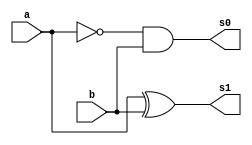
// ---------------------
// Guia 05_02
// Nome: Luiz Menezes
// ---------------------


module meiadiferenca(s0,s1, a,b);

	output s0,s1;
	input  a, b;

	and(s0, ~a,b);
	xor(s1, a,b);
	
endmodule // fim meia soma

module  diferencacompleta(Cout, Soma, a, b, Cin);

	output Cout, Soma;
	input  a, b, Cin;
	
	wire temp1, temp2, temp3;

 	meiadiferenca S1 (temp1,temp2,a, b);
 	meiadiferenca S2(temp3, Soma, temp2, Cin);
 	or(Cout, temp1, temp3);
 

endmodule // fim diferencacompleta


module DiferencaCompleta3bits(s,Cout,a,b);

	output [2:0] s;
        output Cout;
	input [3:0] a, b;
	
	wire temp1, temp2, temp3;
	
		
	meiadiferenca      S3(temp1, s[0] ,a[0], b[0]) ;
	diferencacompleta  S4(temp2, s[1], a[1], b[1], temp1);
	diferencacompleta  S5(Cout, s[2], a[2], b[2], temp2);
	
	
endmodule // fim DiferencaCompleta3bits	

module teste;

	wire [2:0] s; 
        wire Cout;
	reg  [3:0] a, b;

	DiferencaCompleta3bits SOMA (s, Cout, a, b);


	initial begin: Start

                a = 3'b000; b = 3'b000;
	end
	
	initial begin: Principal
	
		$display("\n Guia 05 - 02 - Luiz Menezes - 292160");
		$display("\n DIFERENA COMPLETA COM 3 BITS");
		$display("\n A - B =  s2 s1 s0 \n");


		$monitor(" %3b - %3b = %3b", a, b, s);
		
		for(a = 0; a <= 7; a =  a + 1)
		  begin
		    
  #1      $monitor(" %3b - %3b = %3b", a, b, s);
			 for(b = 0; b <= 7; b = b + 1)
			   begin

  #1              $monitor(" %3b - %3b = %3b", a, b, s);
		      end
		  	 end
  		  end
		
	
	
	 
endmodule // fim teste